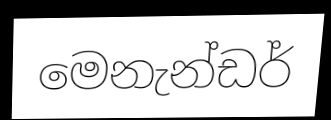
මෙනැන්ඩර්